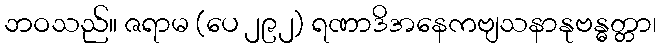
ဘဝသည်။ ဇရာမ (ပေ ၂၉၂) ရဏာဒိအနေကဗျသနာနုဗန္ဓတ္တာ၊